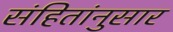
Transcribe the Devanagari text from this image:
संहितांनुसार